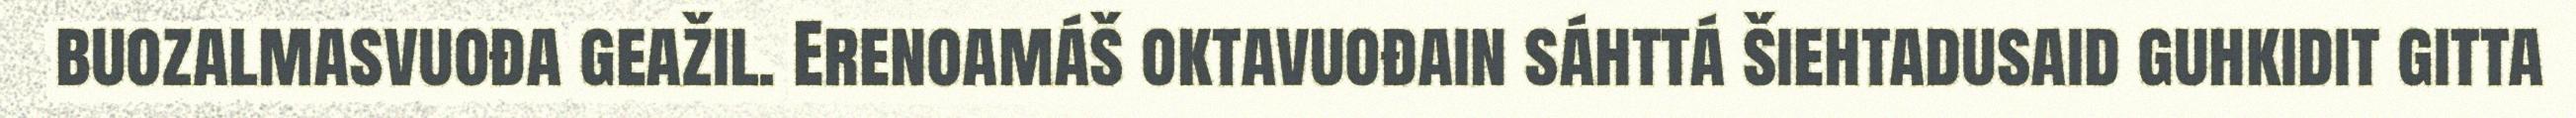
buozalmasvuođa geažil. Erenoamáš oktavuođain sáhttá šiehtadusaid guhkidit gitta